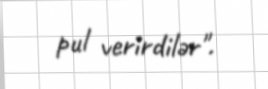
pul verirdilər".